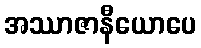
အဿာဇာနီယောပေ